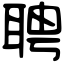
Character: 聘